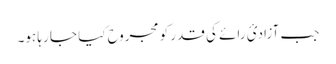
جب آزادیٔ رائے کی قدر کو مجروح کیا جا رہا ہو۔